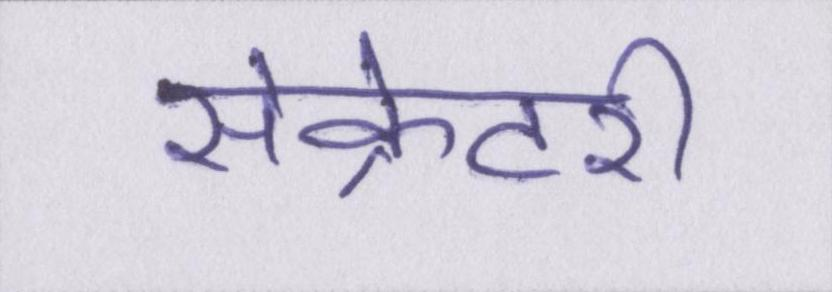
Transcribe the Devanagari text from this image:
सेक्रेटरी